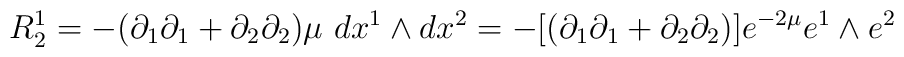
R^{1}_{2} = -(\partial_{1}\partial_{1}+\partial_{2}\partial_{2})\mu~ dx^{1}\wedge dx^{2}=- [(\partial_{1}\partial_{1}+\partial_{2}\partial_{2})] e^{-2\mu} e^{1}\wedge  e^{2}